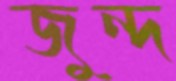
জুন্দ